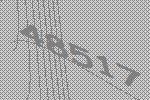
48517